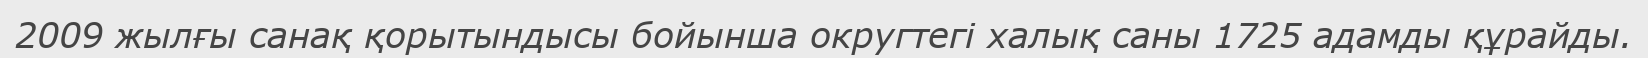
2009 жылғы санақ қорытындысы бойынша округтегі халық саны 1725 адамды құрайды.